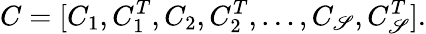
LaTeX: C=[C_{1},C_{1}^{T},C_{2},C_{2}^{T},\dots,C_{\mathscr{S}},C_{\mathscr{S}}^{T}].